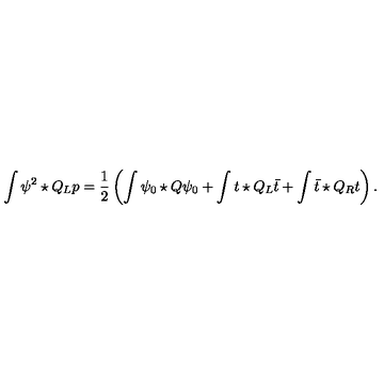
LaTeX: \int \psi ^ { 2 } \star Q _ { L } p = \frac { 1 } { 2 } \left( \int \psi _ { 0 } \star Q \psi _ { 0 } + \int t \star Q _ { L } \bar { t } + \int \bar { t } \star Q _ { R } t \right) .